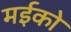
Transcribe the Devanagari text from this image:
मईको